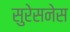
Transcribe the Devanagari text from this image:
सुरेसनेस